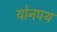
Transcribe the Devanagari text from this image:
योनपथ